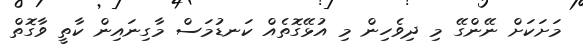
މަށަކަށް ނޭންގޭ މި ދިވެހިން މި އުޅޭގޮތެއް ކަނޑުމަސް މާގިނައިން ކާތީ ވާގޮތް